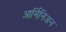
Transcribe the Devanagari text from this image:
आर्मिनिअन